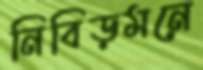
নিবিড়মনে